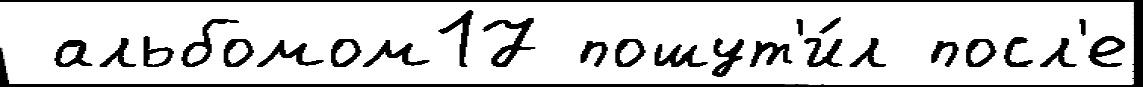
 альбомом17 пошут'и́л посл'е